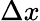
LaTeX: \Delta x